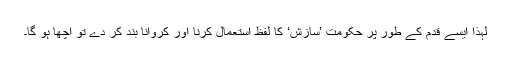
لہذا ایسے قدم کے طور پر حکومت ’سازش‘ کا لفظ استعمال کرنا اور کروانا بند کر دے تو اچھا ہو گا۔